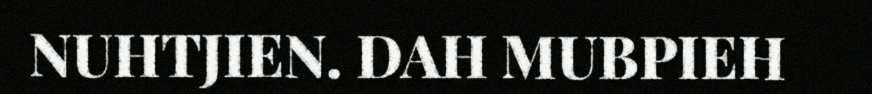
NUHTJIEN. DAH MUBPIEH